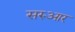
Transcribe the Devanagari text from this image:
सरुआर